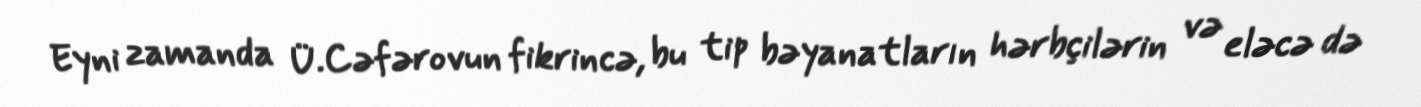
Eyni zamanda Ü.Cəfərovun fikrincə, bu tip bəyanatların hərbçilərin və eləcə də